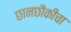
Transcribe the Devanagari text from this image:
छानछौकीचा